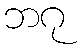
ဘဂု